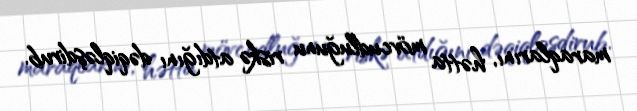
maraqlarını, hətta mövcudluğunu riskə atdığını dəqiqləşdirub.